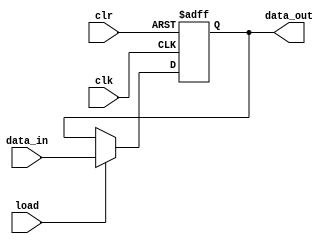
module dff (
   output reg data_out,
   input data_in,
   input load,
   input clk,
   input clr
);

  always @ (posedge clk or negedge clr)
  begin
      if(!clr)
        data_out <= 0;
      else if (load) begin
        data_out <= data_in;
    end
  end

endmodule